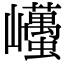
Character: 𡿋